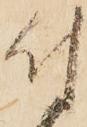
付